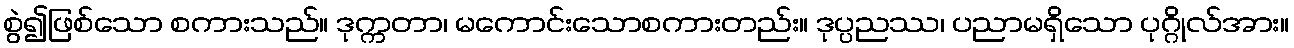
စွဲ၍ဖြစ်သော စကားသည်။ ဒုက္ကတာ၊ မကောင်းသောစကားတည်း။ ဒုပ္ပညဿ၊ ပညာမရှိသော ပုဂ္ဂိုလ်အား။